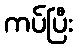
ကပ်ပြီး